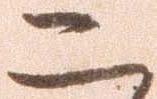
二